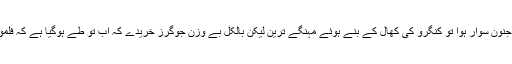
شادی سے پہلے ایک مرتبہ واک کا جنون سوار ہوا تو کنگرو کی کھال کے بنے ہوئے مہنگے ترین لیکن بالکل بے وزن جوگرز خریدے کہ اب تو طے ہوگیا ہے کہ فلموں کے ہیروز کو بھی مات دینی ہے۔